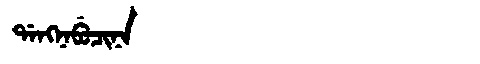
Manchu: ᡩᠠᠩᠨᠠᠪᡠᠴᡳᠨᠠ
Romanization: DANGNABUCINA